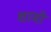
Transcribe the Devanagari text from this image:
शामो